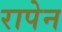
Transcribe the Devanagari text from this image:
रापेन